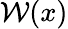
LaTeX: \mathcal{W}(x)